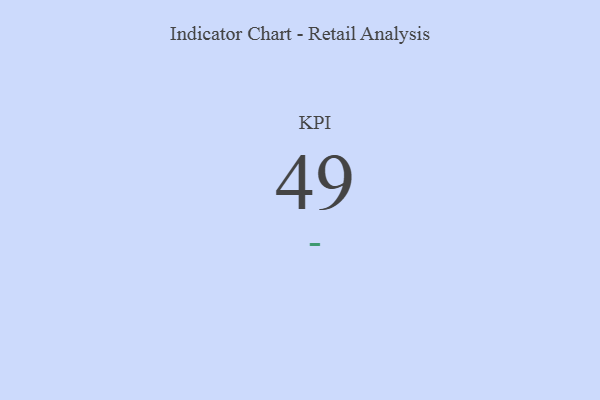
{"axis": {"x": "KPI", "y": "Value"}, "legend": [""], "data": [{"x": "KPI", "y": 49, "type": ""}]}